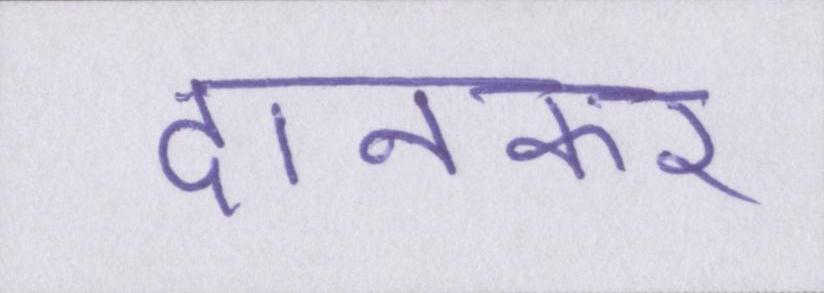
दानकर